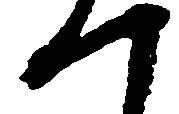
つ